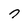
Character: 7